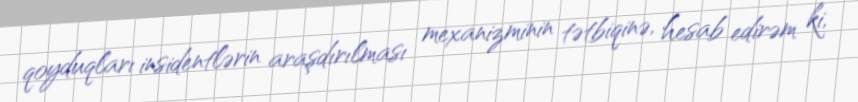
qoyduqları insidentlərin araşdırılması mexanizminin tətbiqinə, hesab edirəm ki,